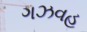
ગઝવહ